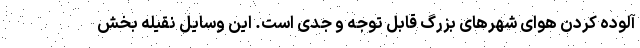
آلوده کردن هوای شهرهای بزرگ قابل توجه و جدی است. این وسایل نقیله بخش